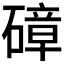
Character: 𥕞